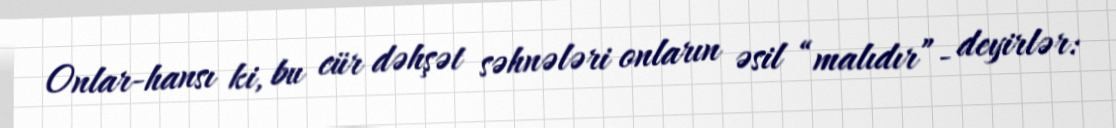
Onlar-hansı ki, bu cür dəhşət səhnələri onların əsil “malıdır”- deyirlər: